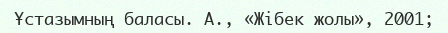
Ұстазымның баласы. А., «Жібек жолы», 2001;